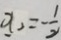
x _ { 2 } = - \frac { 1 } { 2 }